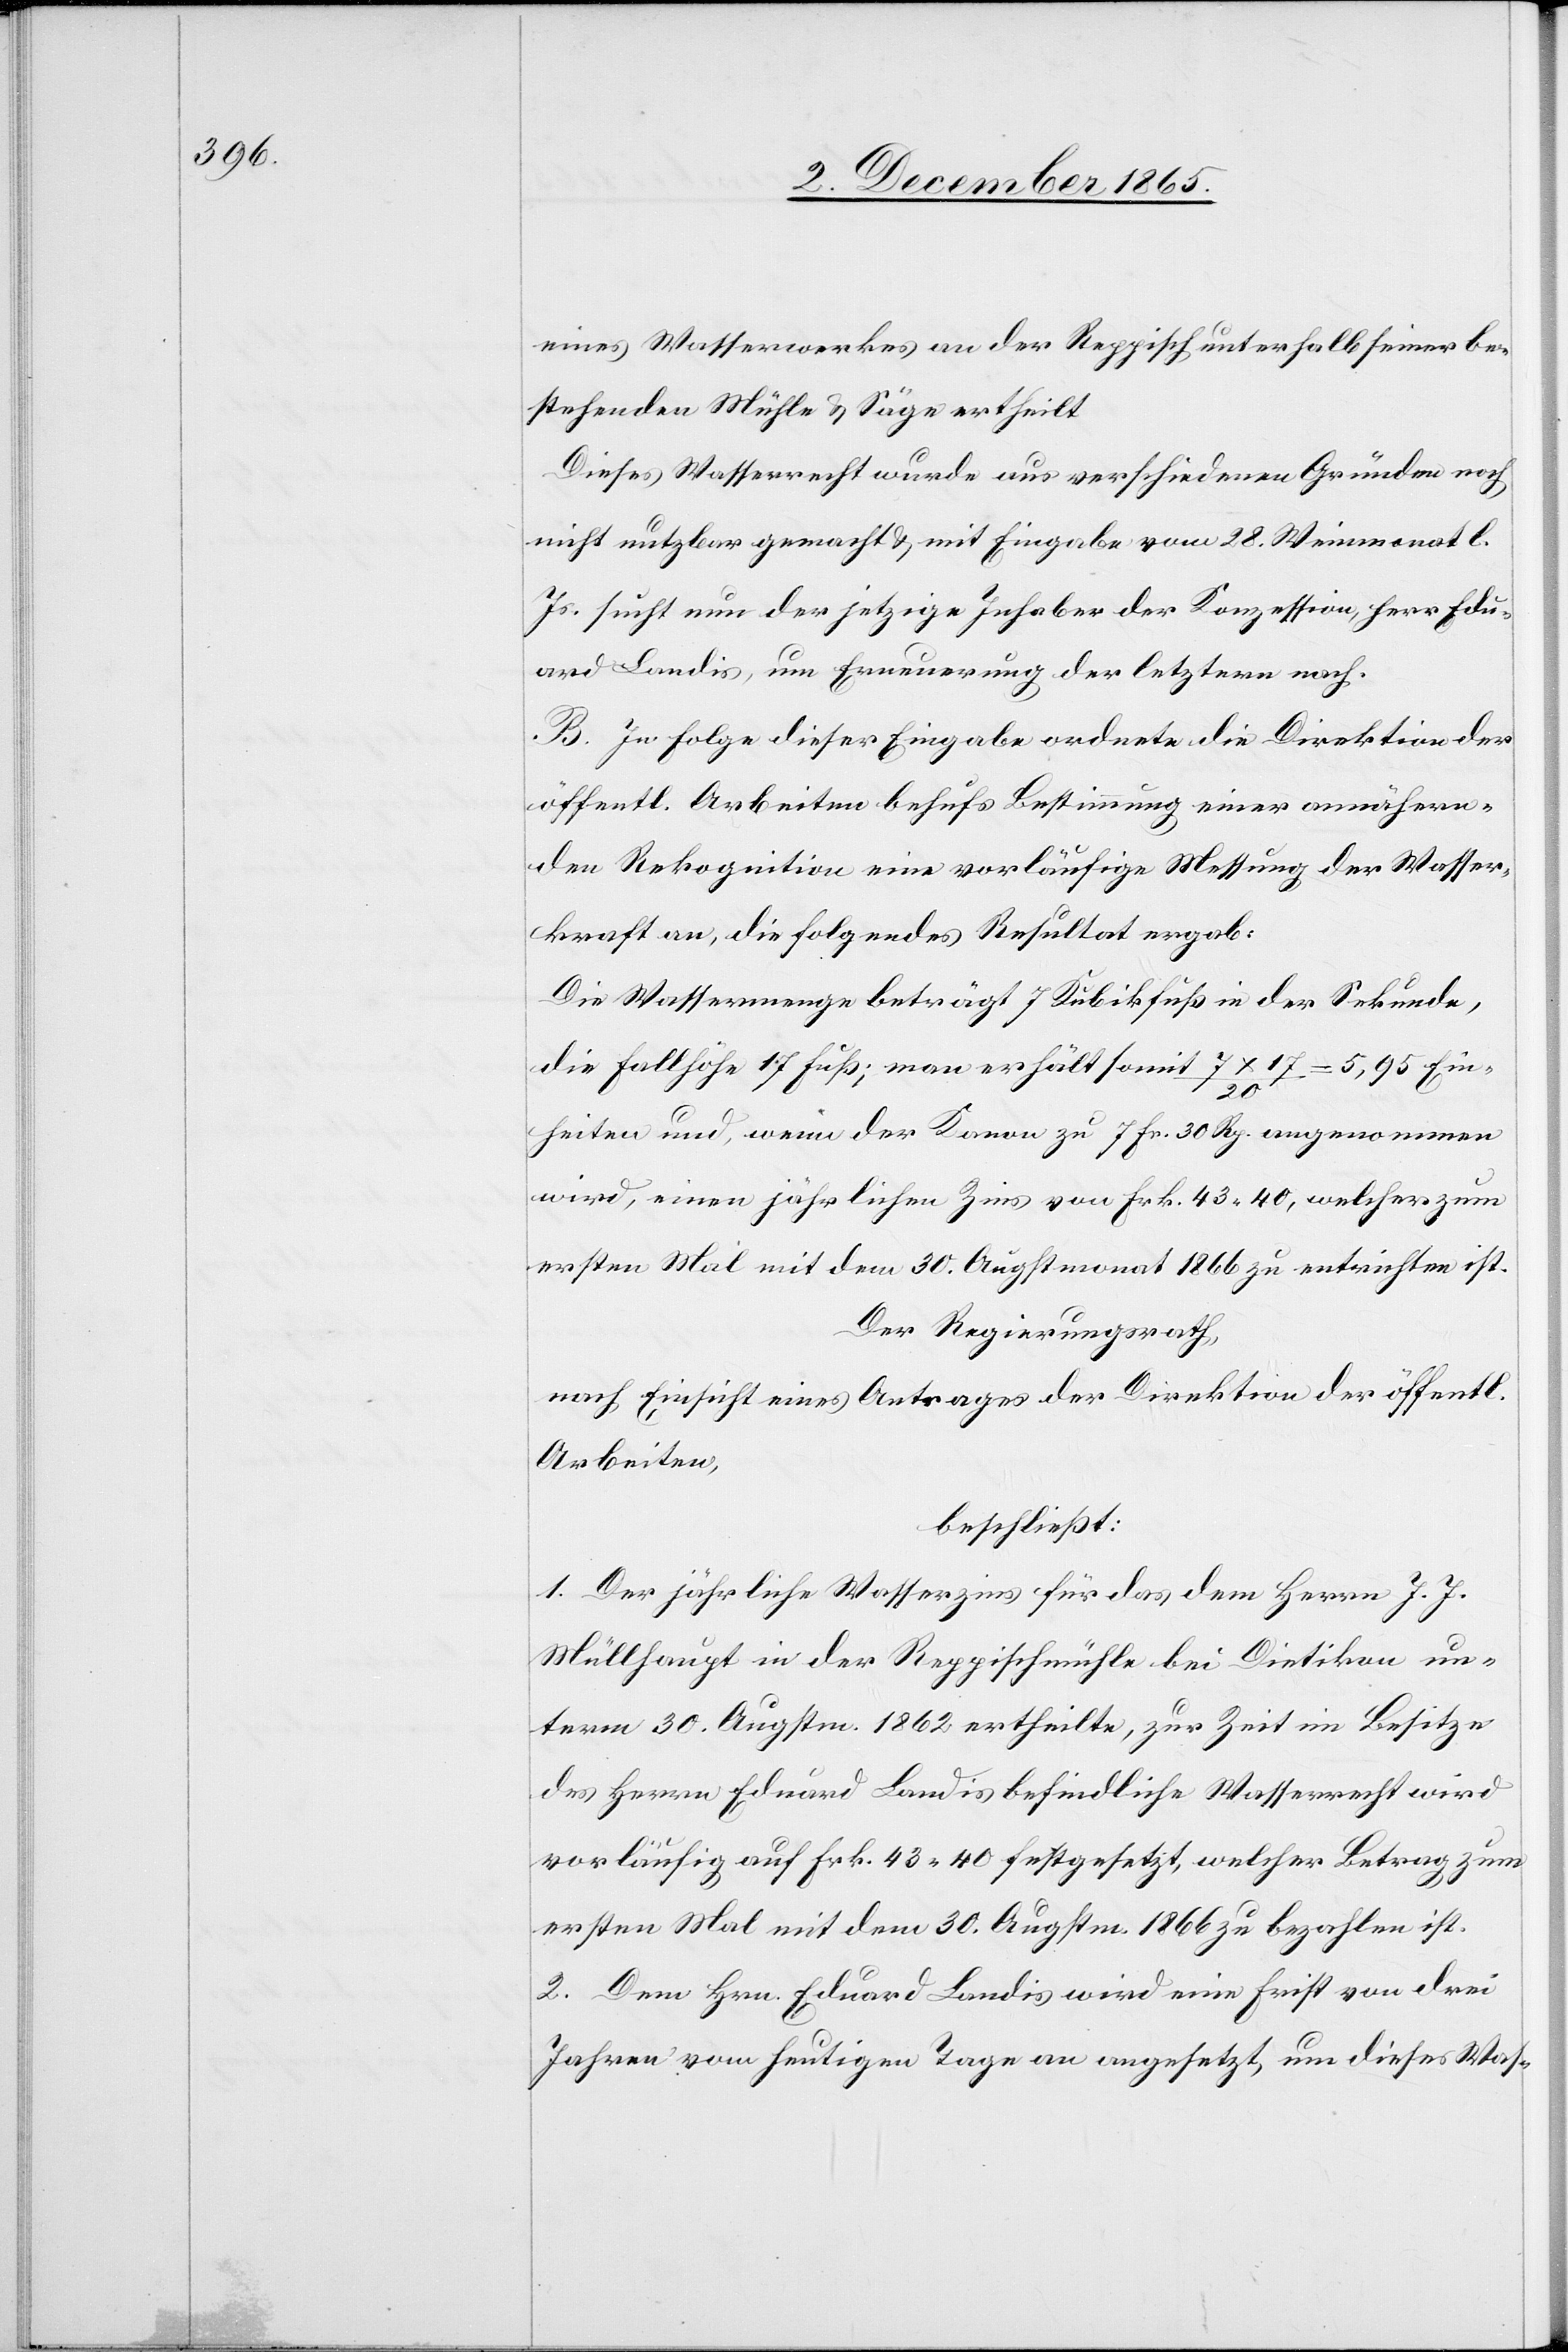
eines Wasserwerkes an der Reppisch unterhalb seiner be¬
stehenden Mühle & Säge ertheilt.
Dieses Wasserrecht wurde aus verschiedenen Gründen noch
nicht nutzbar gemacht & mit Eingabe vom 28. Weinmonat l.
Js. sucht nun der jetzige Inhaber der Konzession, Herr Edu¬
ard Landis, um Erneuerung der letztern nach.
B. In Folge dieser Eingabe ordnete die Direktion der
öffentl. Arbeiten behufs Bestimmung einer annähern¬
den Rekognition eine vorläufige Messung der Wasser¬
kraft an, die folgendes Resultat ergab:
Die Wassermenge beträgt 7 Kubikfuß in der Sekunde,
die Fallhöhe 17 Fuß; man erhält somit 7 x 17 / 20 = 5,95 Ein¬
heiten und, wenn der Kanon zu 7 Fr. 30 Rp. angenommen
wird, einen jährlichen Zins von Frk. 43.40, welcher zum
ersten Mal mit dem 30. August 1866 zu entrichten ist.
Der Regierungsrath,
nach Einsicht eines Antrages der Direktion der öffentl.
Arbeiten,
beschließt:
1. Der jährliche Wasserzins für das dem Herrn J. J.
Müllhaupt in der Reppischmühle bei Dietikon un¬
term 30. Augstm. 1862 ertheilte, zur Zeit im Besitze
des Herrn Eduard Landis befindliche Wasserrecht wird
vorläufig auf Frk. 43.40 festgesetzt, welcher Betrag zum
ersten Mal mit dem 30. Augstm. 1866 zu bezahlen ist.
2. Dem Hrn. Eduard Landis wird eine Frist von drei
Jahren vom heutigen Tage an angesetzt, um dieses Was-